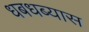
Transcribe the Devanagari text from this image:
धबधब्यास